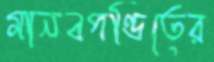
মানবপণ্ডিতের